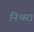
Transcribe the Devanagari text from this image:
निथरा